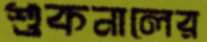
শুকনালের